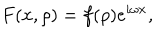
F ( x , \rho ) = f ( \rho ) e ^ { i \omega x } ,